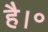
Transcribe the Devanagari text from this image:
है।॰